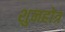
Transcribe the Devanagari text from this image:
शुनहोत्र